Indian journal of veterinary science and animal husbandry - Volume 7,
Year: 1937
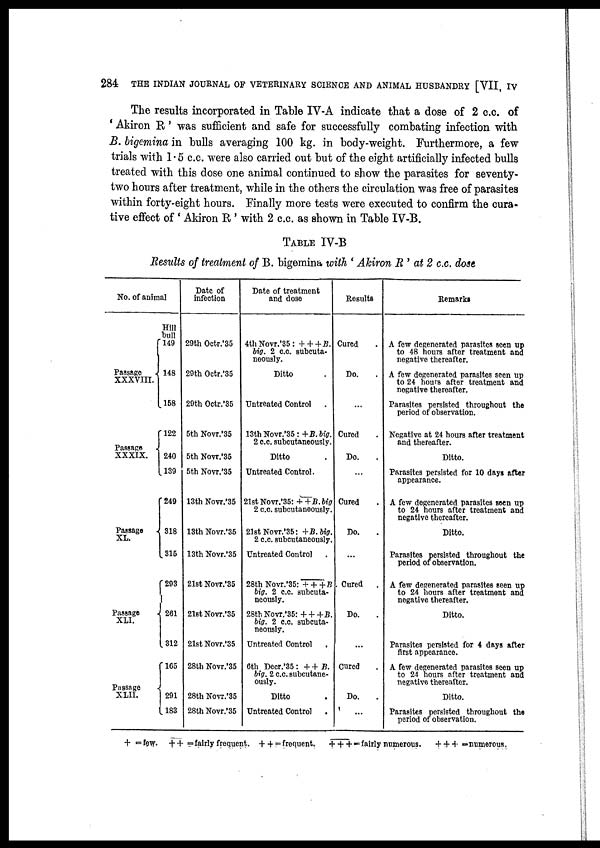
284
THE INDIAN JOURNAL OF VETERINARY SCIENCE AND ANIMAL HUSBANDRY [VII, IV
The results incorporated in Table IV-A indicate that a dose of 2 c.c. of
' Akiron R ' was sufficient and safe for successfully combating infection with
B. bigemina in bulls averaging 100 kg. in body-weight. Furthermore, a few
trials with 1.5 c.c. were also carried out but of the eight artificially infected bulls
treated with this dose one animal continued to show the parasites for seventy-
two hours after treatment, while in the others the circulation was free of parasites
within forty-eight hours. Finally more tests were executed to confirm the cura-
tive effect of ' Akiron R ' with 2 c.c. as shown in Table IV-B.
TABLE IV-B
Results of treatment of B. bigemina with ' Akiron R' at 2 c.c. dose
No. of animal
Passage
XXXVIII.
{
Passage
XXXIX.
{
Passage
XL.
{
Passage
XLI.
{
Passage
XLII.
{
Hill
bull
l49
148
158
l22
240
139
249
318
315
293
261
312
165
291
183
Date of
infection
29th Octr.'35
29th Octr.'35
29th Octr.'35
5th Novr.'35
5th Novr.'35
5th Novr.'35
13th Novr.'35
13th Novr.'35
13th Novr'35
21st Novr.'35
21st Novr.'35
21st Novr.'35
28th Novr.'35
28th Novr.'35
28th Novr.'35
Date of treatment
and dose
4th Novr.'35 : + + + B.
big. 2 c.c. subcuta¬
neously.
Ditto .
Untreated Control .
13th Novr.'35 : + B. big.
2 c.c. subcutaneously.
Ditto .
Untreated Control.
21st Novr. , 35: ++ B.big
2 c.c. subcutaneously.
21st Novr.'35: +B.big.
2 c.c. subcutaneously.
Untreated Control .
28th Novr.'35 : + + + B
big. 2 c.c. subcuta-
neously.
28th Novr.'35: + + +B.
big. 2 c.c. subcuta-
neously.
Untreated Control .
6th Decr.'35 : + + B.
big. 2 c.c. subcutane-
ously.
Ditto .
Untreated Control .
Results
Cured .
Do. .
...
Cured .
Do. .
...
Cured .
Do. .
Cured .
Do. .
...
Cured .
Do. .
...
Remarks
A few degenerated parasites seen up
to 48 hours after treatment and
negative thereafter.
A few degenerated parasites seen up
to 24 hours after treatment and
negative thereafter.
Parasites persisted throughout the
period of observation.
Negative at 24 hours after treatment
and thereafter.
Ditto.
Parasites persisted for 10 days after
appearance.
A few degenerated parasites seen up
to 24 hours after treatment and
negative thereafter.
Ditto.
Parasites persisted throughout the
period of observation.
A few degenerated parasites seen up
to 24 hours after treatment and
negative thereafter.
Ditto.
Parasites persisted for 4 days after
first appearance.
A few degenerated parasites seen up
to 24 hours after treatment and
negative thereafter.
Ditto.
Parasites persisted throughout the
period of observation.
+ =few. + + = fairly frequent. + + = frequent.
+ + + = fairly numerous. + + + = numerous.